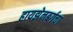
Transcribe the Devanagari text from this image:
हायझेनबर्गचा